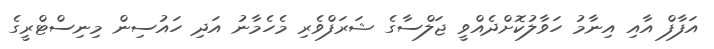
އަފާފް އާއި އިނާމު ހަވާލުކޮށްދެއްވީ ޖަލްސާގެ ޝަރަފްވެރި މެހެމާނު އަދި ހައުސިން މިނިސްޓްރީގެ